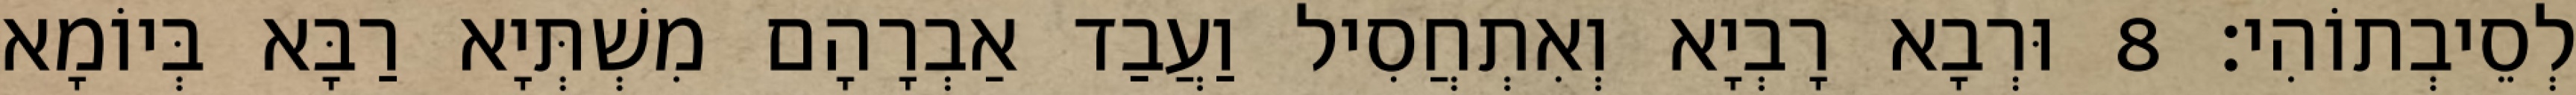
לְסֵיבְתוֹהִי׃ 8 וּרְבָא רָבְיָא וְאִתְחֲסִיל וַעֲבַד אַבְרָהָם מִשְׁתְּיָא רַבָּא בְּיוֹמָא